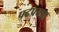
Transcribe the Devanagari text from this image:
पदप्रवाह